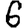
Digit: 6